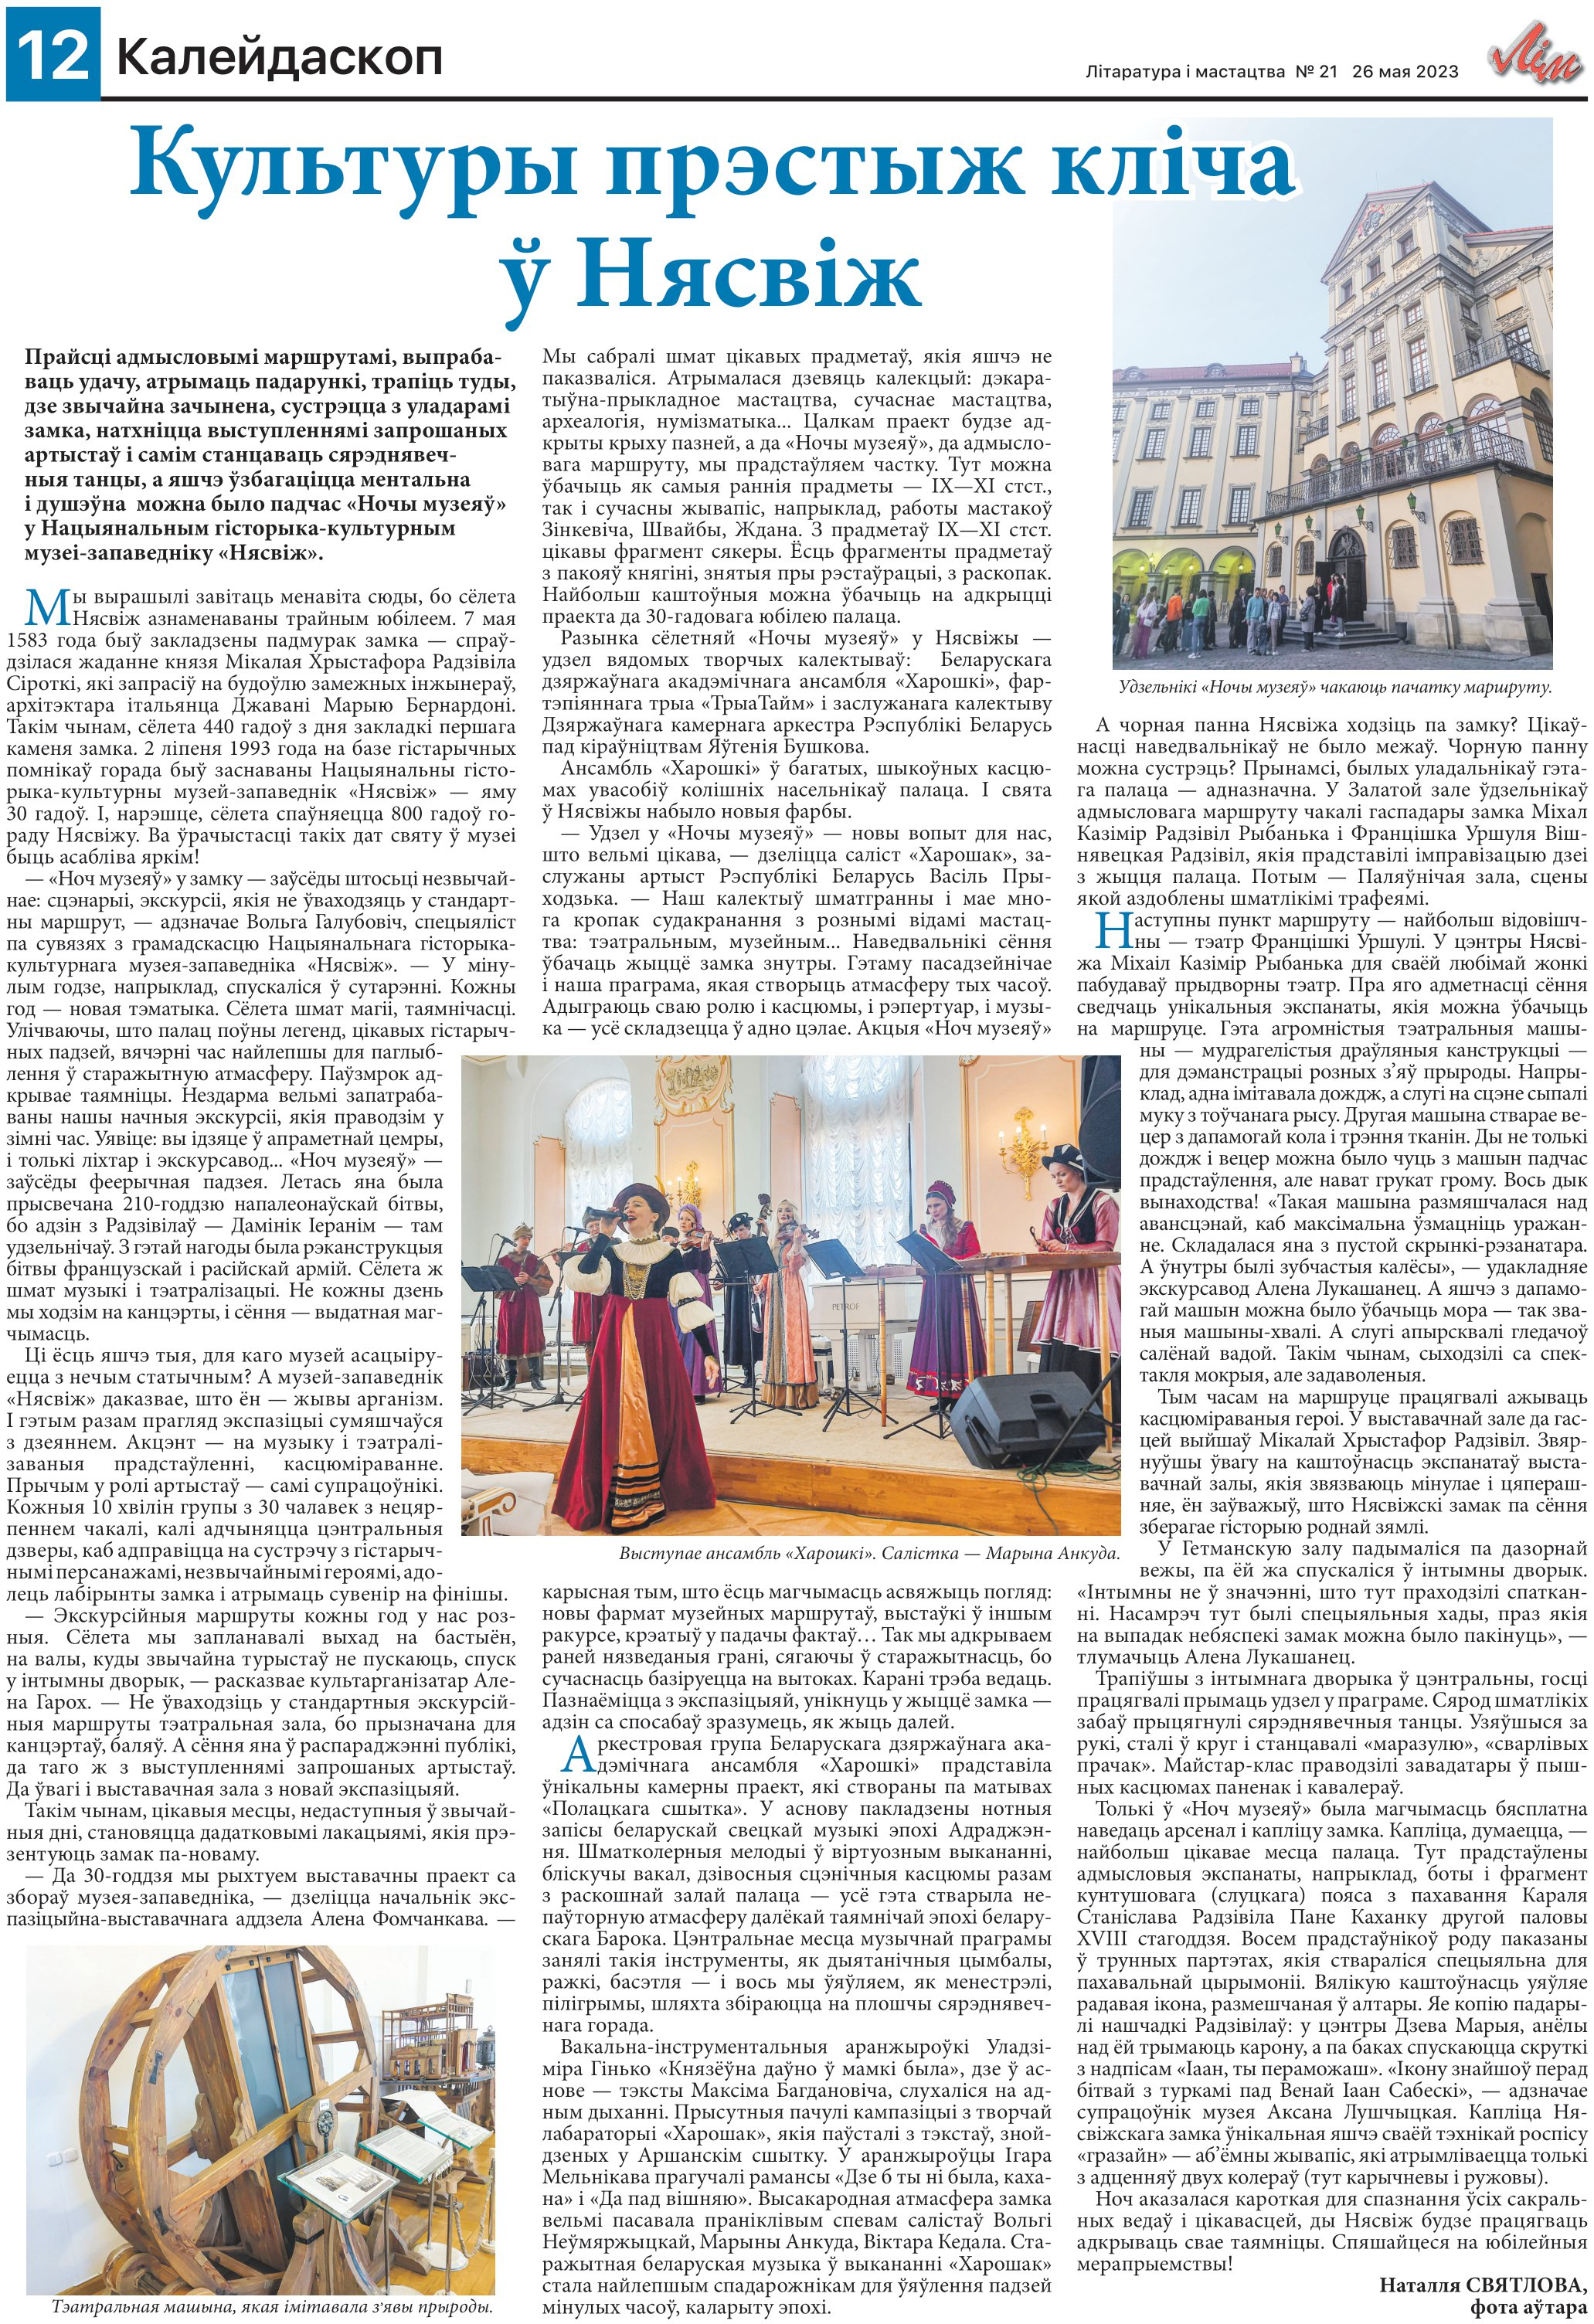
Language: be